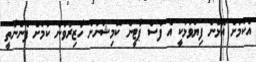
އެކަމަށް އެޅޭނެ ފިޔަވަޅަކީ އެ ފަސް ޕާޓީން ކޮމިޝަނަށް ހާޒިރުވުން ކަމަށް ފެންނާތީ